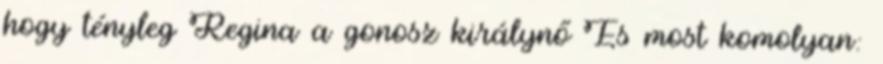
hogy tényleg Regina a gonosz királynő És most komolyan: